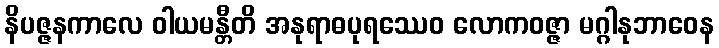
နိပဇ္ဇနကာလေ ဝါယမန္တီတိ အနုရာဓပုရဿေဝ လောကဝဇ္ဇာ မဂ္ဂါနုဘာဝေန